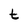
Character: t